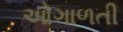
ઓગાળતી